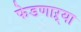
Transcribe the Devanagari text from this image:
फेडणाऱ्या